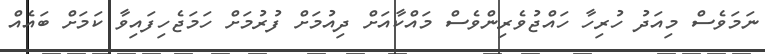
ނަމަވެސް މިއަދު ހުރިހާ ހައްޖުވެރިންވެސް މައްކާއަށް ދިއުމަށް ފުރުމަށް ހަމަޖެހިފައިވާ ކަމަށް ބައެއް